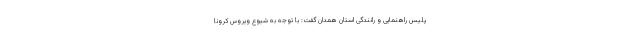
پلیس راهنمایی و رانندگی استان همدان گفت: با توجه به شیوع ویروس کرونا